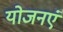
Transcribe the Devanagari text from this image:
योजनएं